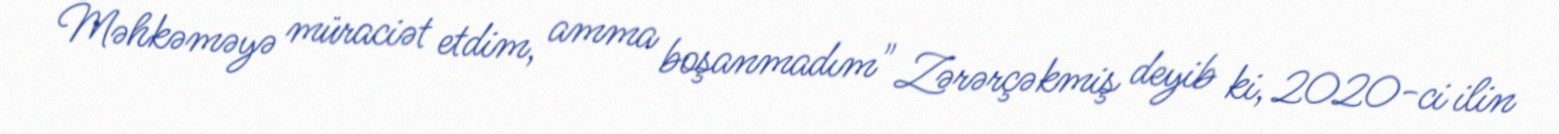
Məhkəməyə müraciət etdim, amma boşanmadım" Zərərçəkmiş deyib ki, 2020-ci ilin